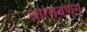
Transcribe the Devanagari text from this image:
चरितवर्णन